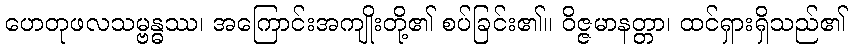
ဟေတုဖလသမ္ဗန္ဓဿ၊ အကြောင်းအကျိုးတို့၏ စပ်ခြင်း၏။ ဝိဇ္ဇမာနတ္တာ၊ ထင်ရှားရှိသည်၏